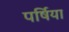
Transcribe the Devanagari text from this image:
पर्षिया